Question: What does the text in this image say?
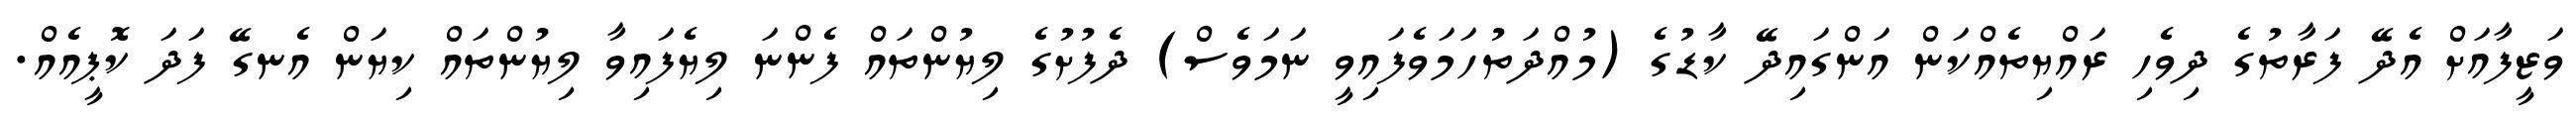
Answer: ވަޒީފާއަށް އެދޭ ފަރާތުގެ ދިވެހި ރައްޔިތެއްކަން އަންގައިދޭ ކާޑުގެ (މުއްދަތުހަމަވެފައިވީ ނަމަވެސް) ދެފުށުގެ ލިޔުންތައް ފެންނަ ލިޔެފައިވާ ލިޔުންތައް ކިޔަން އެނގޭ ފަދަ ކޮޕީއެއް.